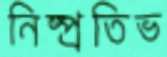
নিষ্প্রতিভ